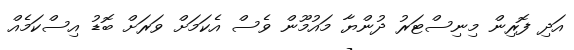
އަދި ފޮރިން މިނިސްޓަރު ދުންޔާ މައުމޫން ވެސް އެކަމަށް ވަރަށް ބޮޑު އިސްކަމެއް